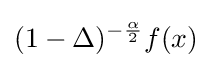
(1-\Delta )^{-{\frac {\alpha }{2}}}f(x)